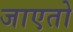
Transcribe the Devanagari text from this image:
जाएतो